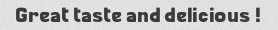
! Great taste and delicious